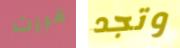
قررت وتجد